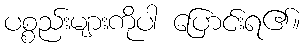
ပစ္စည်းများကိုပါ ပြောင်းရ၏။